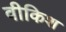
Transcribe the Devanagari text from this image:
वीकिश